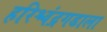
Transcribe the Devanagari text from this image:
हरिश्चंद्रगडाला